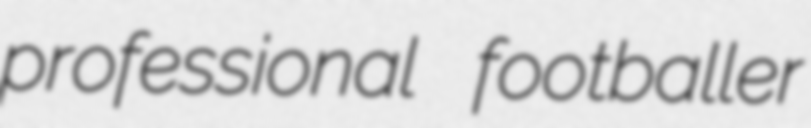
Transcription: professional footballer